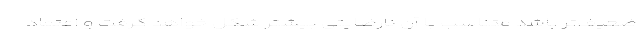
ضعیف‌تر باشد متناسب با آن نارضایتی بیشتر شکل خواهد گرفت و اعتماد